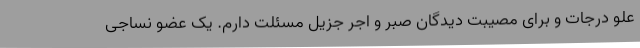
علو درجات و برای مصیبت دیدگان صبر و اجر جزیل مسئلت دارم. یک عضو نساجی